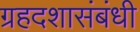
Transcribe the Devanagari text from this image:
ग्रहदशासंबंधी